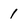
Character: 1